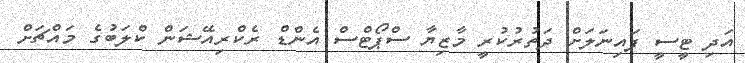
އަދި ޓީސީ ފައިނަލަށް ދަތުރުކުރީ މާޒިޔާ ސްޕޯޓްސް އެންޑް ރެކްރިއޭޝަން ކްލަބުގެ މައްޗަށް